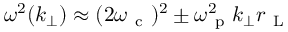
\omega ^ { 2 } ( k _ { \perp } ) \approx ( 2 \omega _ { \mathrm { ~ c ~ } } ) ^ { 2 } \pm \omega _ { \mathrm { ~ p ~ } } ^ { 2 } k _ { \perp } r _ { \mathrm { ~ L ~ } }